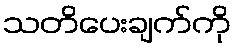
သတိပေးချက်ကို